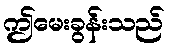
ဤမေးခွန်းသည်